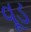
વૂડ